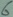
Text: 6